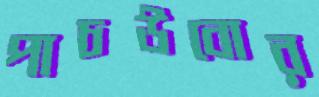
পাচউবোর